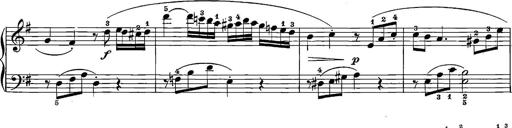
Title: 12 Sonatinas
Composer: Ignaz Pleyel